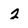
Character: 2